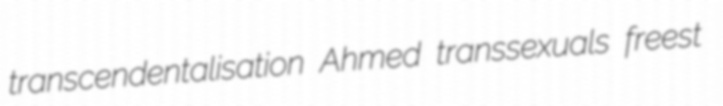
transcendentalisation Ahmed transsexuals freest